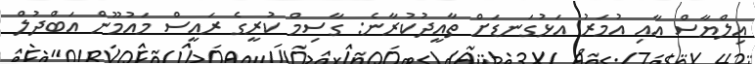
އިލްޔާސް އާއި އުމަރު އަޅުގަނޑަށް ތާއީދުކުރާނެ: ގާސިމް ކުރީގެ ރައީސް މައުމޫން އަބްދުލް